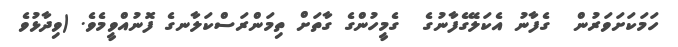
ހަމަކަށަވަރުން  ގެފާނު އެކަލޭގެފާނުގެ  ގެމީހުންގެ ގާތަށް ތިމަންރަސްކަލާނގެ ފޮނުއްވީމެވެ. (ވިދާޅުވެ